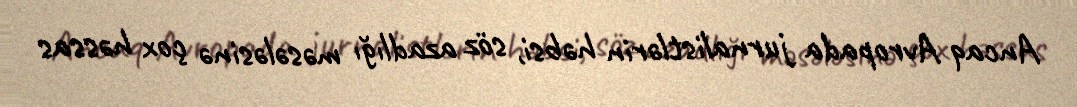
Ancaq Avropada jurnalistlərin həbsi, söz azadlığı məsələsinə çox həssas